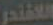
اللافندر